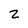
Character: 2